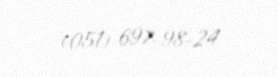
(051) 697-98-24